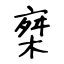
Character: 椉